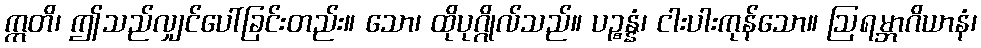
ဣတိ၊ ဤသည်လျှင်ပေါ်ခြင်းတည်း။ သော၊ ထိုပုဂ္ဂိုလ်သည်။ ပဉ္စန္နံ၊ ငါးပါးကုန်သော။ ဩရမ္ဘာဂိယာနံ၊